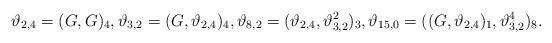
LaTeX: \begin{align*} \vartheta_{2,4} = (G, G)_4, \vartheta_{3,2} = (G, \vartheta_{2,4})_4, \vartheta_{8,2} = (\vartheta_{2,4},\vartheta_{3,2}^2)_3, \vartheta_{15,0} = ((G, \vartheta_{2,4})_1,\vartheta_{3,2}^4)_8. \end{align*}